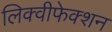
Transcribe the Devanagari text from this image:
लिक्वीफेक्शन